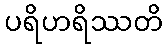
ပရိဟရိဿတိ